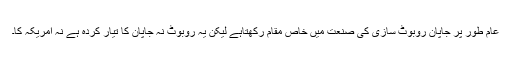
عام طور پر جاپان روبوٹ سازی کی صنعت میں خاص مقام رکھتاہے لیکن یہ روبوٹ نہ جاپان کا تیار کردہ ہے نہ امریکہ کا۔